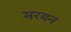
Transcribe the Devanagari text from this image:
मरबन